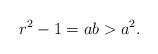
LaTeX: \begin{align*}r^{2} -1 = ab > a^{2}.\end{align*}